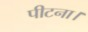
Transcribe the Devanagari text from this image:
पीटना।